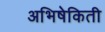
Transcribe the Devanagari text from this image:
अभिषेकिती